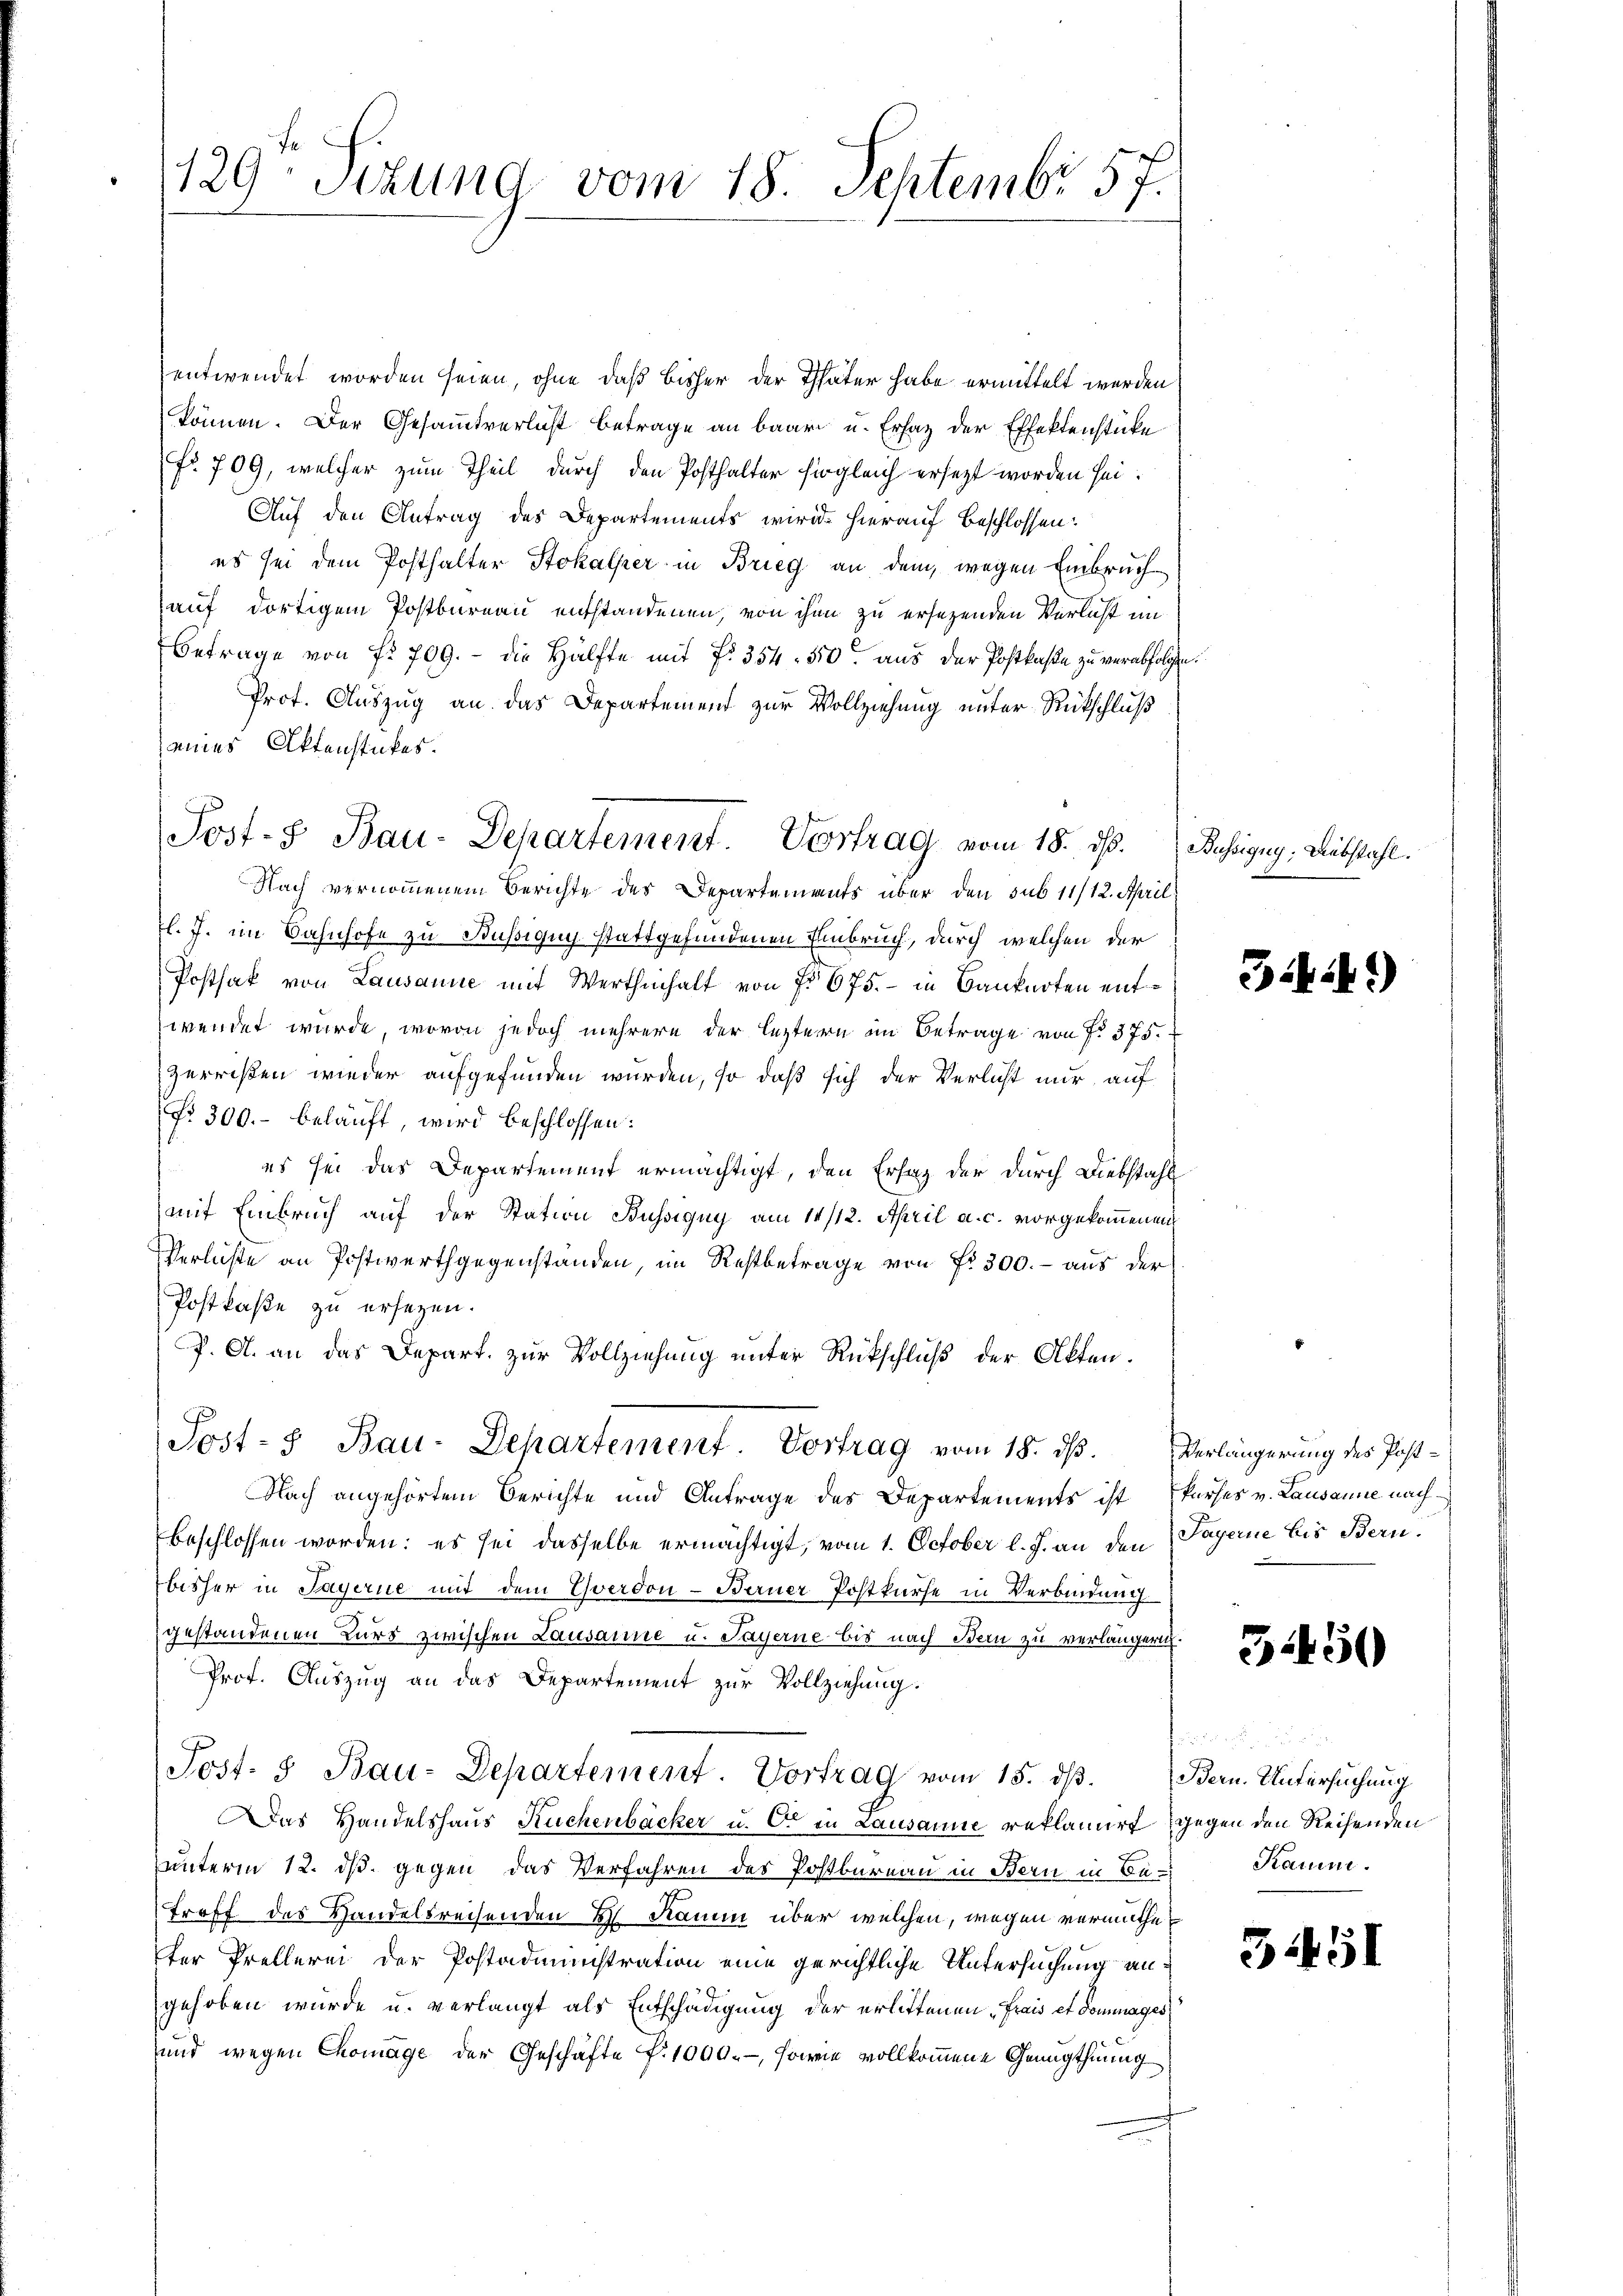
129- Sizung vom 18. Septembr 57.

entwendet worden seien, ohne daß bisher der Thäter habe ermittelt werden
können. Der Gesammtverlust betrage an baar u. Ersatz der Effektenstücke
Fr. 709, welcher zum Theil durch den Posthalter sogleich ersezt worden sei.
Auf den Antrag des Departements wird hierauf beschlossen:
es sei dem Posthalter Stokalper in Brieg an dem, wegen Einbruch-
auf dortigem Postbureau entstandenen, von ihm zu ersetzenden Verlicht im
Betrage von f. 709. - die Hälfte mit f. 354. 550. aus der Postkasse zu verabfolgten.
Prot. Auszug an das Departemend zur Vollziehung unter Rückschluß
eines Aktenstückes.
Nach vernommenem Berichte des Departements über den sub 11/12. April
Tl. J. im Bahnhofe zu Büssigug stattgefundenen Einbruch, durch welchen der
Postsak von Lausanne mit Werthinhalt von No 675. - in Banknoten entwendet wurde, wovon jedoch mehrere der leztern im Betrage von f. 375.
zerrißen wieder aufgefunden wurden, so daß sich der Verlicht nur auf
Nr. 300.- beläuft, wird beschlossen:
es sei das Departement ermächtigt, den Erlag der durch Diebstahl
mit Einbruch auf der Station Büssigny am 11/12. April a. c. vorgekommenen
Verluste an Postwerthgegenstanden, im Restbetrage von Fr. 300. - aus der
Postkaße zu ersezen.
P. A. an das Depart. zur Vollziehung unter Rückschluß der Akten.
Post- & Bau-Departement. Vortrag vom 18. dß. Verlängerung des Post¬
Nach angehörtem Berichte und Antrage des Departements ist kurses v. Lausanne nach
beschlossen worden: es sei dasselbe ermächtigt, vom 1. October l. J. an den Sagerne bis Bern.
bisher in Sagerne mit dem Yverdon - Berner Postkurse in Verbindung
gestandenen Kurs zwischen Lausanne u. Payerne bis nach Bern zu verlängern.
Prof. Auszug an das Departement zur Vollziehung.
Sost. 3 Bau-Departement. Vortrag vom 15. ds.
Das Handelshaus Kuchenbacker u. Ort in Lausanne reklamirt gegen den Reisenden
unterm 12. ds. gegen das Verfahren des Postbureau in Bern in Betroff des Handelsreisenden 2 Kaum über welchen, wegen vermuthet
ter Prellerei der Postadministration eine gerichtliche Untersuchung an
gehoben wurde u. verlangt als Entschädigung der erlittenen „Frais et Donnages
und wegen Chomage der Geschäfte f. 1000.-, sowie vollkommene Genügthuung

Post- Bau-Departement. Vortrag vom 18. ds. Bassiguy. Aubstahl.

3*)

3450

Bern. Untersuchung
Kaum.

31451